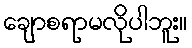
ချောစရာမလိုပါဘူး။